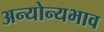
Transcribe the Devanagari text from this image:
अन्योन्यभाव